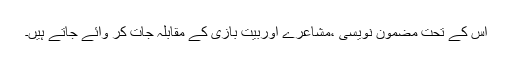
اس کے تحت مضمون نویسی ،مشاعرے اوربیت بازی کے مقابلہ جات کر وائے جاتے ہیں۔